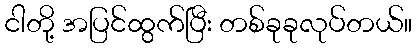
ငါတို့ အပြင်ထွက်ပြီး တစ်ခုခုလုပ်တယ်။